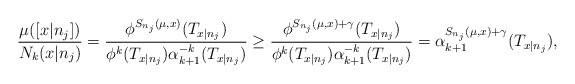
\begin{align*}\dfrac{ \mu([x|n_j])}{N_{k}(x|n_j)}=\dfrac{ \phi^{S_{n_j}(\mu,x)}(T_{x|n_j})}{\phi^k(T_{x|n_j})\alpha_{k+1}^{-k}(T_{x|n_j})}\geq \dfrac{ \phi^{S_{n_j}(\mu,x)+\gamma}(T_{x|n_j})}{\phi^k(T_{x|n_j})\alpha_{k+1}^{-k}(T_{x|n_j})}=\alpha_{k+1}^{S_{n_j}(\mu,x)+\gamma}(T_{x|n_j}),\end{align*}